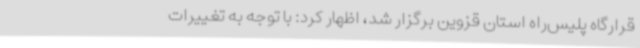
قرارگاه پلیس‌راه استان قزوین برگزار شد، اظهار کرد: با توجه به تغییرات